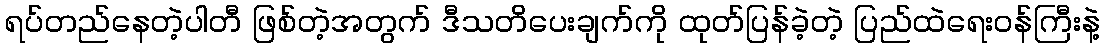
ရပ်တည်နေတဲ့ပါတီ ဖြစ်တဲ့အတွက် ဒီသတိပေးချက်ကို ထုတ်ပြန်ခဲ့တဲ့ ပြည်ထဲရေးဝန်ကြီးနဲ့